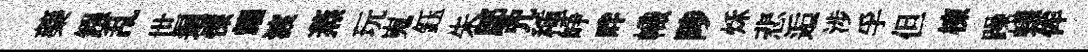
藥鏹乱世迴慄耀渡蒸玩嵬鈺朱鄔咒種峥畔幟陟秌悲逅涉孚但棟躁蟻侔